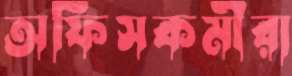
অফিসকর্মীরা